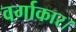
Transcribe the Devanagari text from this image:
वर्गाकार।